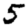
Digit: 5